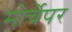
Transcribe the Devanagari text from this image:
मोर्चेपर